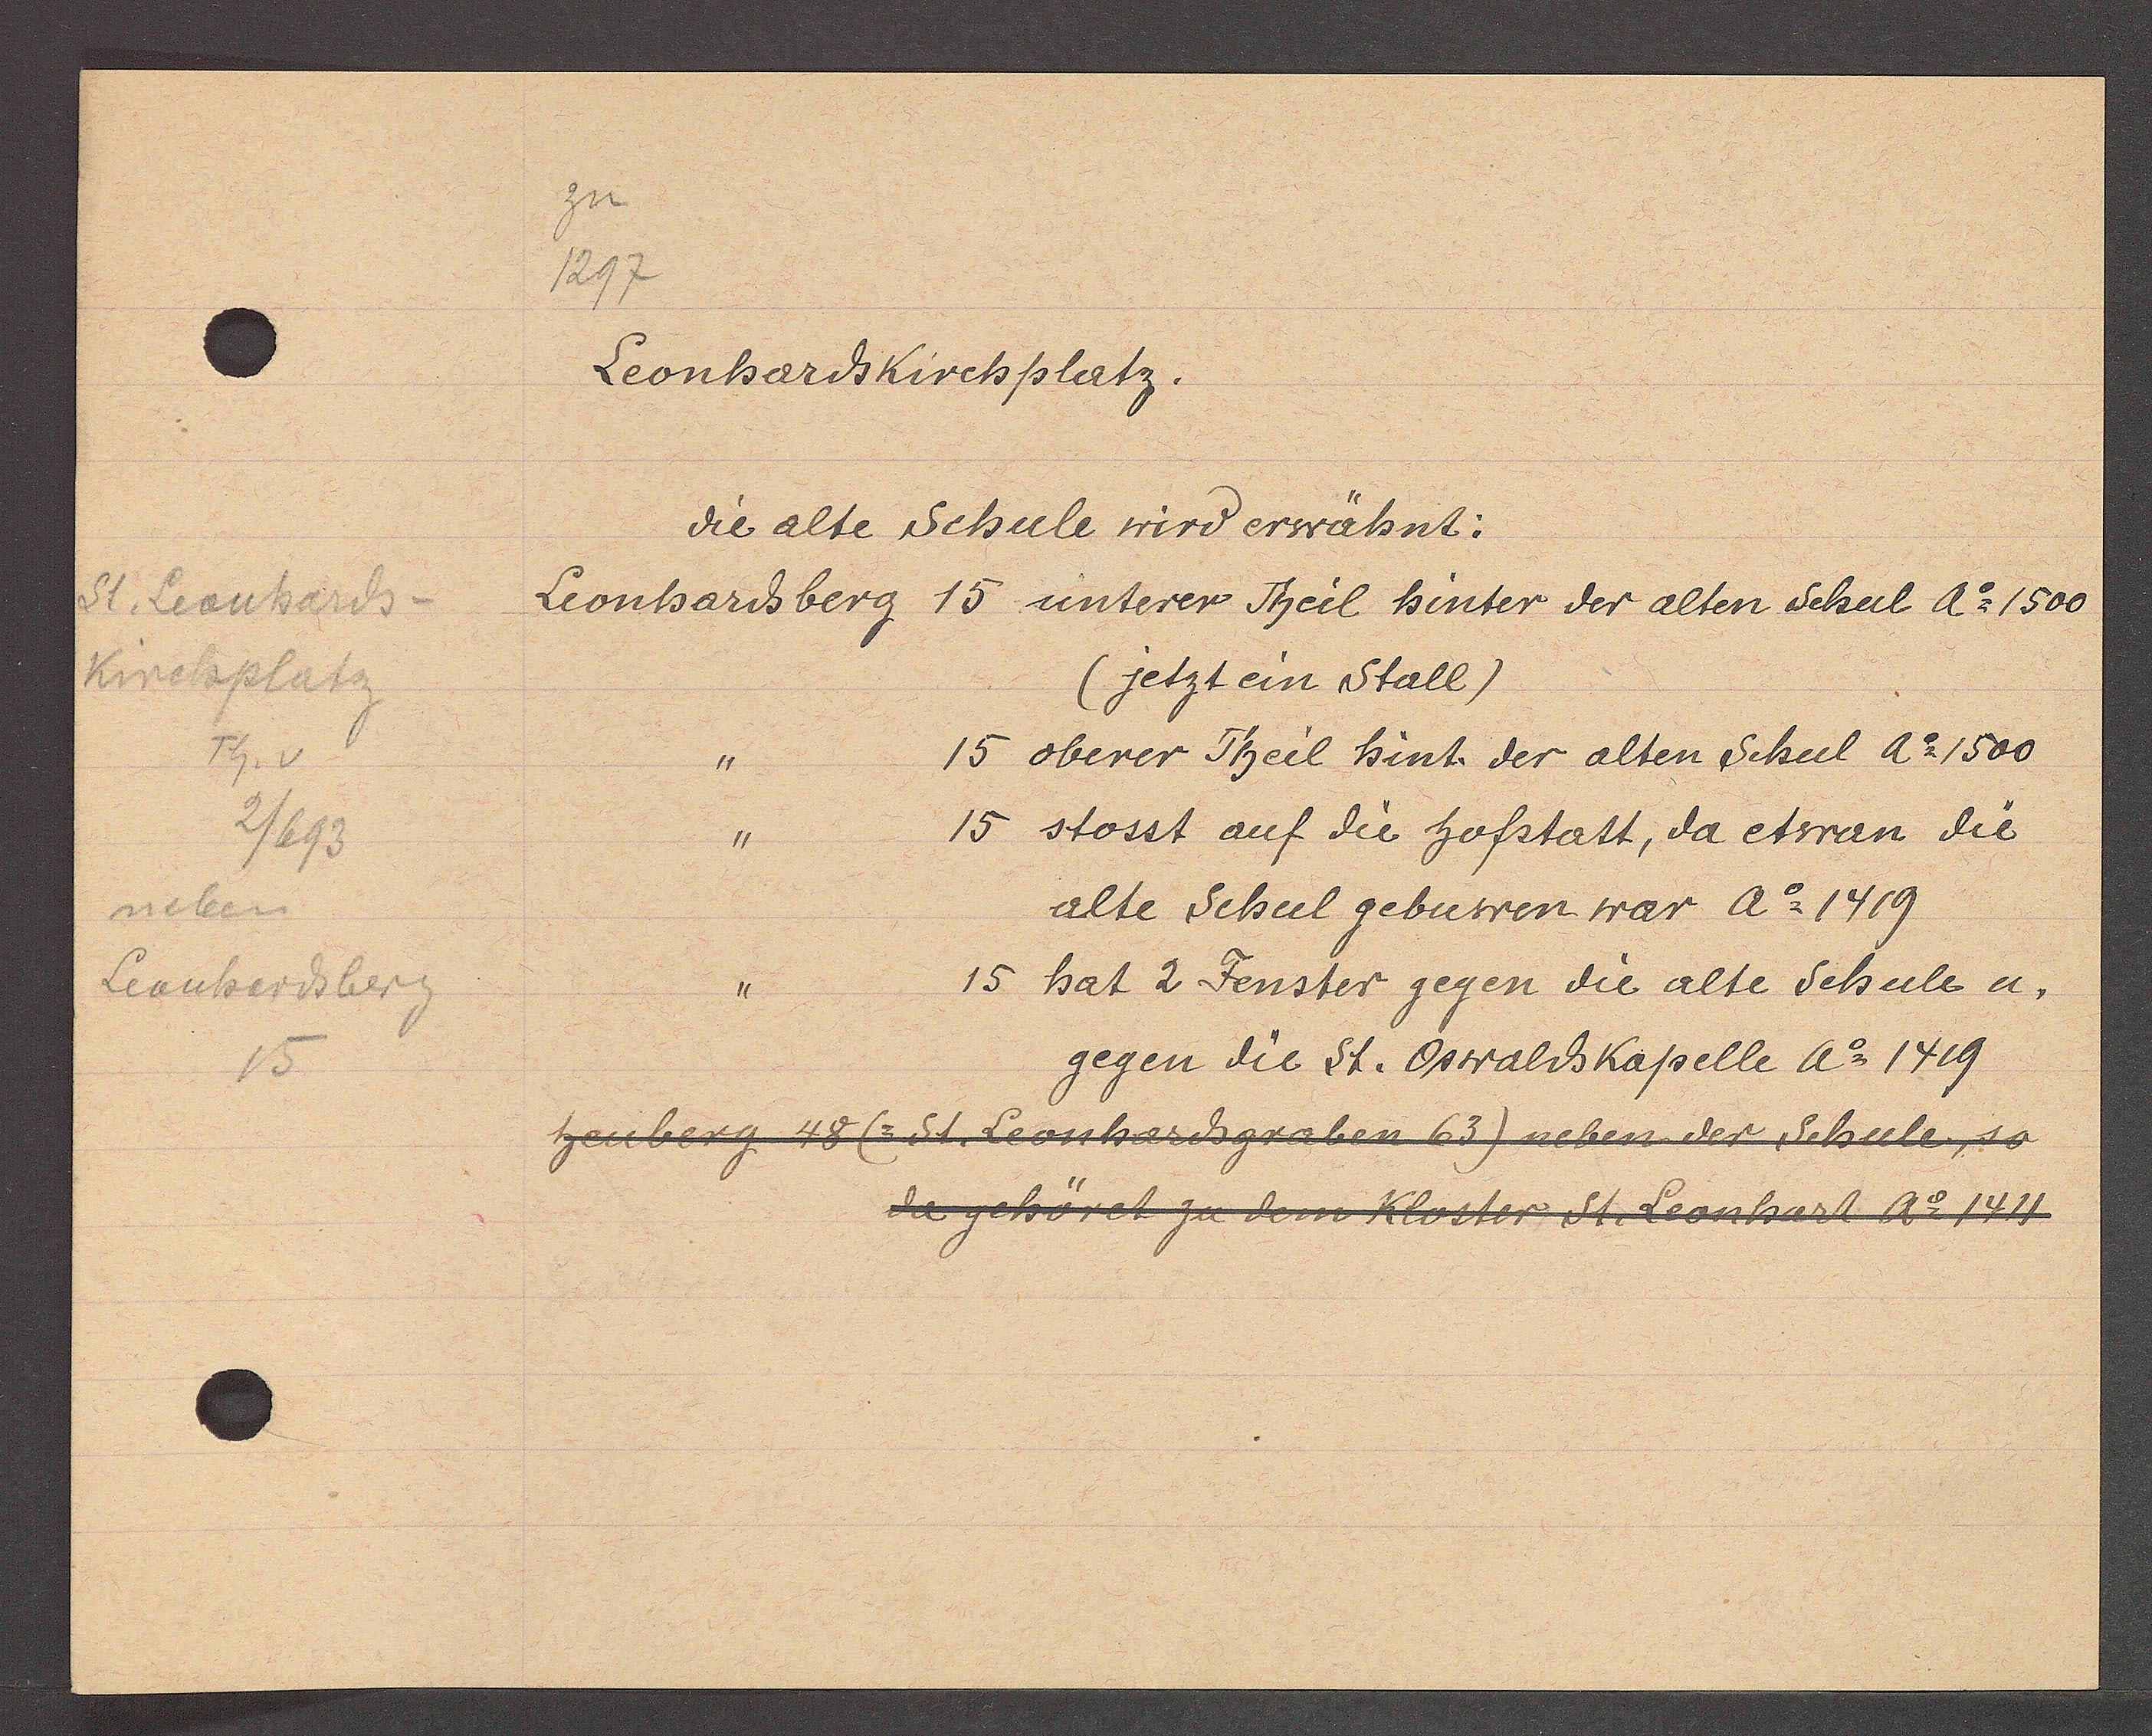
Transcript:
St. Leonhards-
Kirchplatz
Th. v
2/693
neben
Leonhardsberg
15

zu
1297

Leonhardskirchplatz.
die alte Schule wird erwähnt:
Leonhardsberg 15 unterer Theil hinter der alten Schul Ao 1500
(jetzt ein Stall)
15 oberer Theil hint. der alten Schul Ao 1500
15 stosst auf die hofstatt, da etwan die
alte Schul gebuwen war Ao 1419
15 hat 2 Fenster gegen die alte Schule u.
gegen die St. Oswaldskapelle Ao 1419
heuberg 48 (=St. Leonhardgraben 63) neben der Schule, so
die gehöret zu dem Kloster St. Leonhart ao 1411